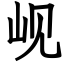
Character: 岘